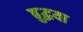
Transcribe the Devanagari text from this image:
बुद्धया